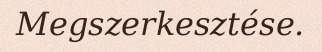
Megszerkesztése.